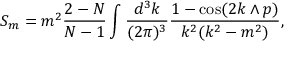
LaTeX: S _ { m } = m ^ { 2 } \frac { 2 - N } { N - 1 } \int \frac { d ^ { 3 } k } { ( 2 \pi ) ^ { 3 } } \frac { 1 - \cos ( 2 k \wedge p ) } { k ^ { 2 } ( k ^ { 2 } - m ^ { 2 } ) } ,